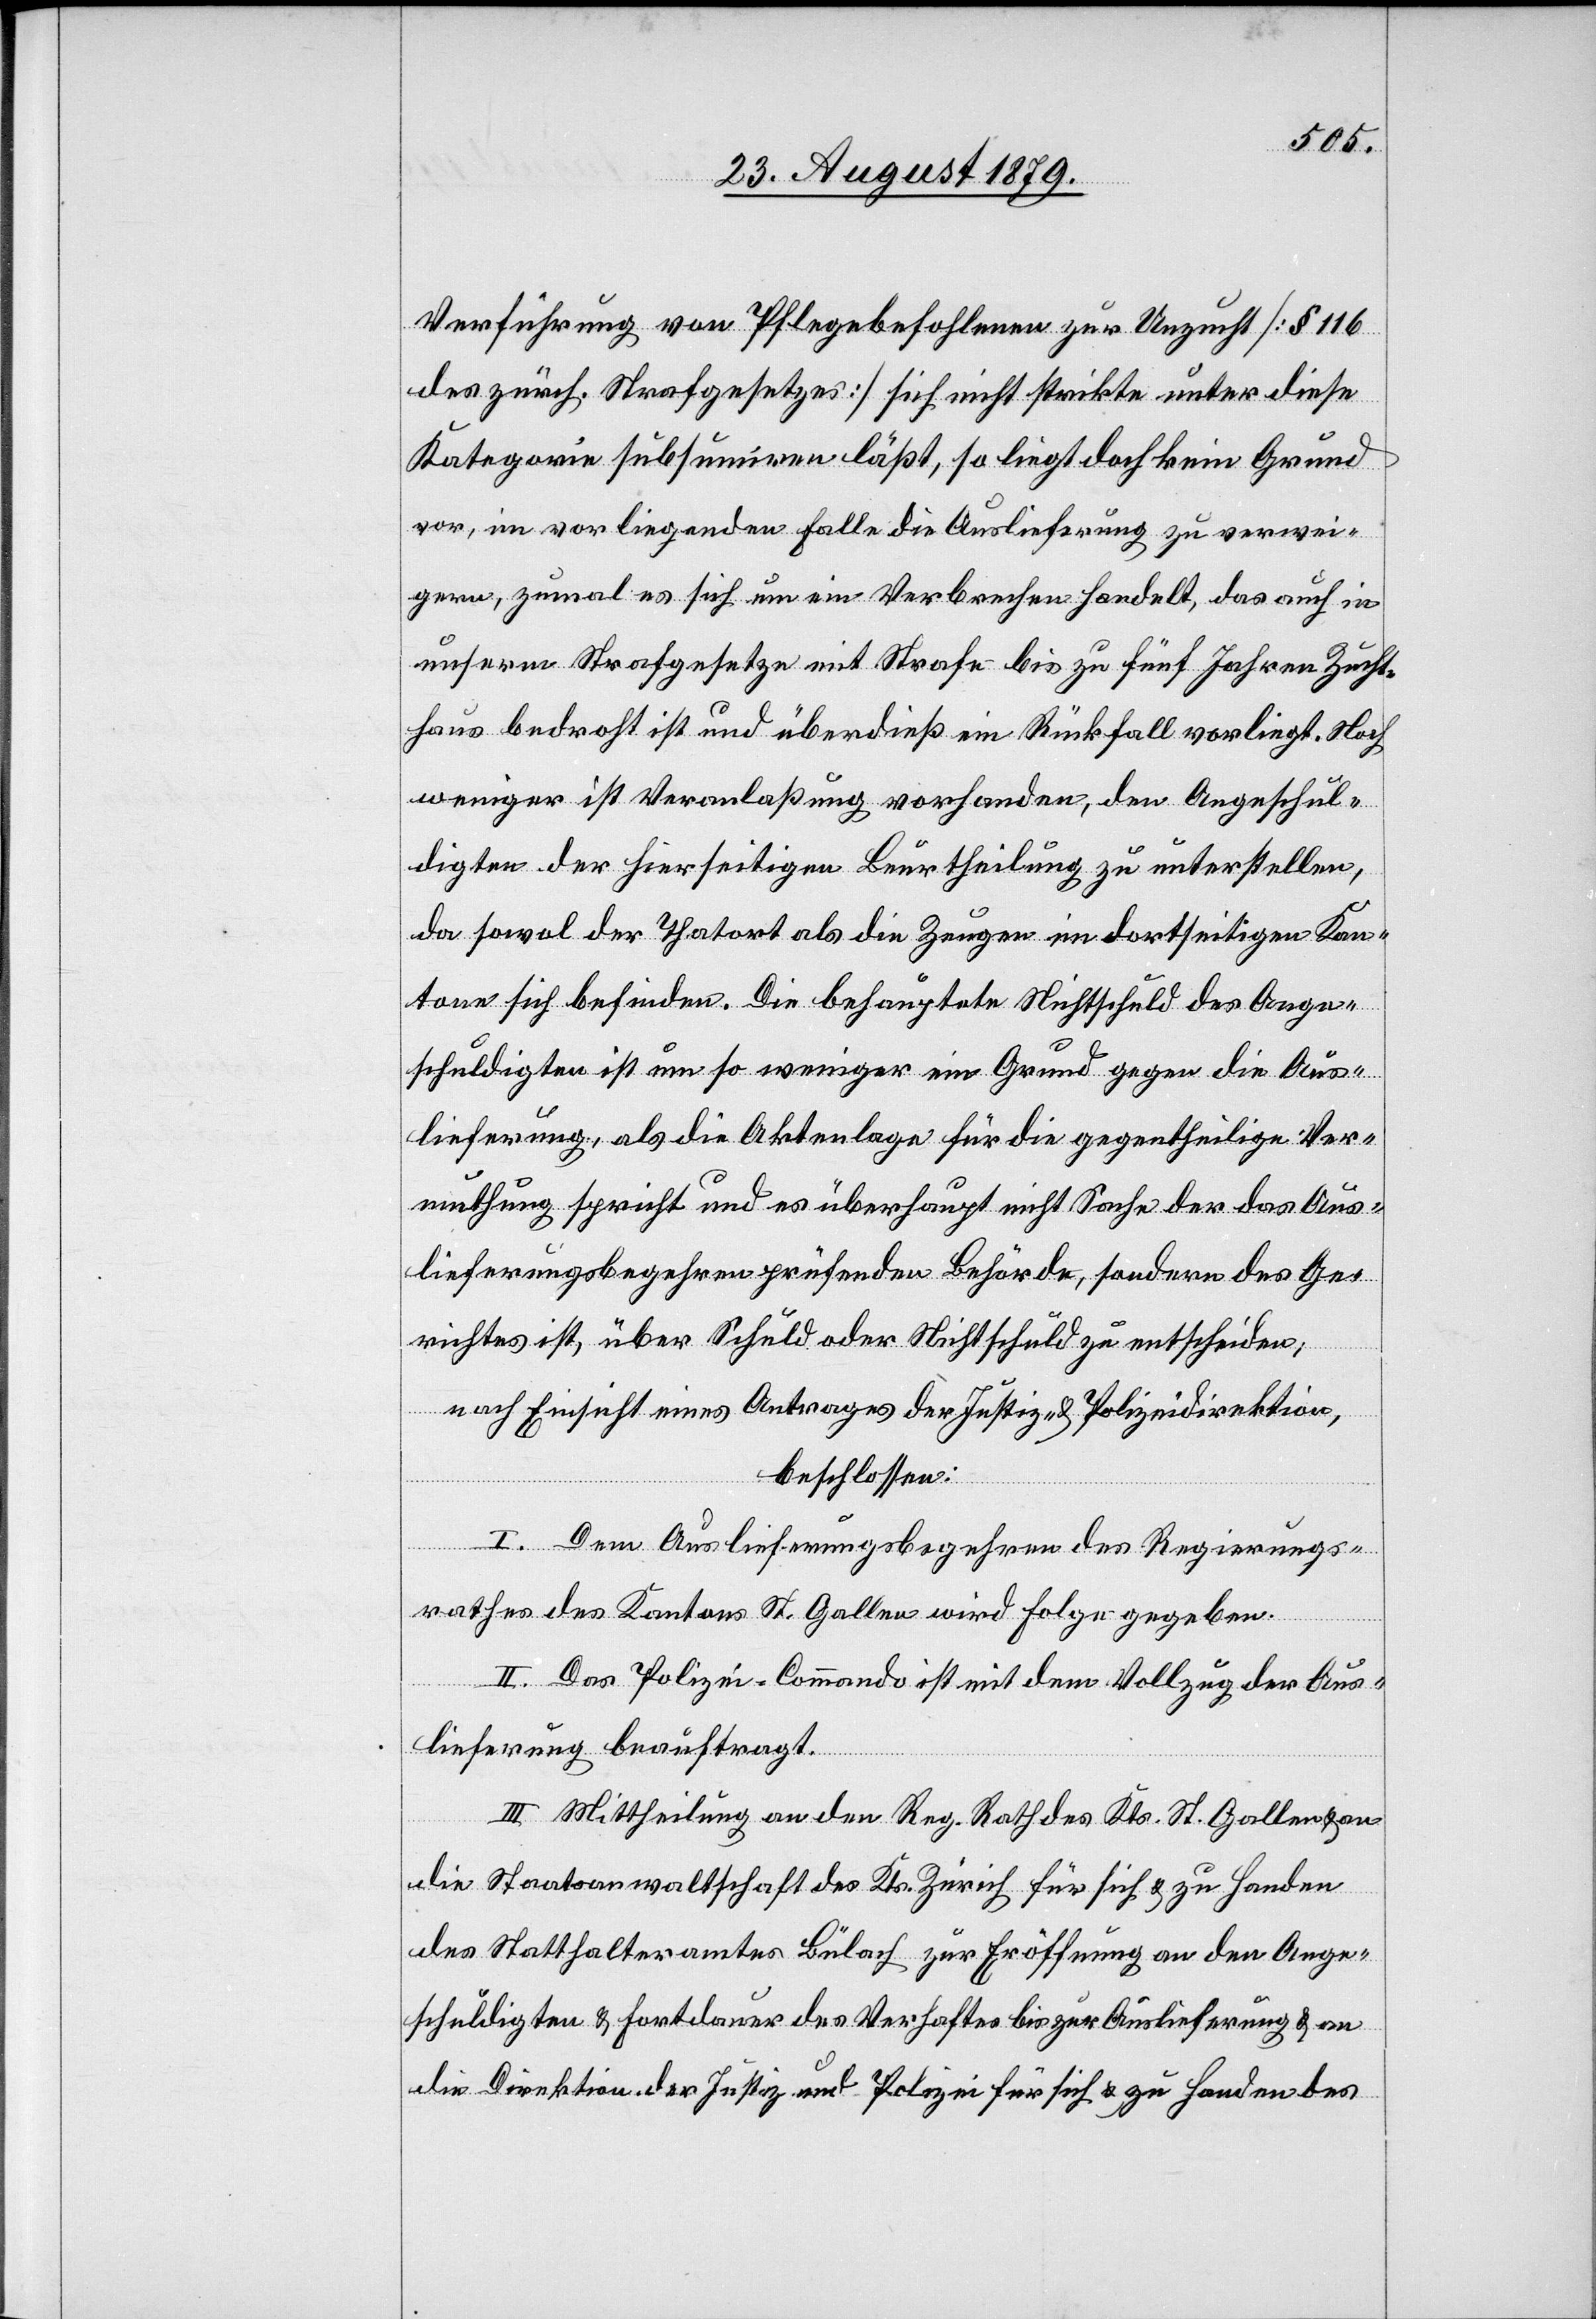
Verführung von Pflegebefohlenen zur Unzucht [§ 116
des zürch. Strafgesetzes] sich nicht strikte unter diese
Kategorie subsumiren läßt, so liegt doch kein Grund
vor, im vorliegenden Falle die Auslieferung zu verwei¬
gern, zumal es sich um ein Verbrechen handelt, das auch in
unserm Strafgesetze mit Strafe bis zu fünf Jahren Zucht¬
haus bedroht ist und überdieß ein Rückfall vorliegt. Noch
weniger ist Veranlaßung vorhanden, den Angeschul¬
digten der hierseitigen Beurtheilung zu unterstellen,
da sowol der Thatort als die Zeugen im dortseitigen Kan¬
tone sich befinden. Die behauptete Nichtschuld des Ange¬
schuldigten ist um so weniger ein Grund gegen die Aus¬
lieferung, als die Aktenlage für die gegentheilige Ver¬
muthung spricht und es überhaupt nicht Sache der das Aus¬
lieferungsbegehren prüfenden Behörde, sondern des Ge¬
richtes ist, über Schuld oder Nichtschuld zu entscheiden,
nach Einsicht eines Antrages der Justiz- & Polizeidirektion,
beschlossen:
I. Dem Auslieferungsbegehren des Regierungs¬
rathes des Kantons St. Gallen wird Folge gegeben.
II. Das Polizei-Commando ist mit dem Vollzug der Aus¬
lieferung beauftragt.
III. Mittheilung an den Reg. Rath des Kts. St. Gallen & an
die Staatsanwaltschaft des Kts. Zürich für sich & zu Handen
des Statthalteramtes Bülach zur Eröffnung an den Ange¬
schuldigten & Fortdauer des Verhaftes bis zur Auslieferung & an
die Direktion der Justiz und Polizei für sich & zu Handen des